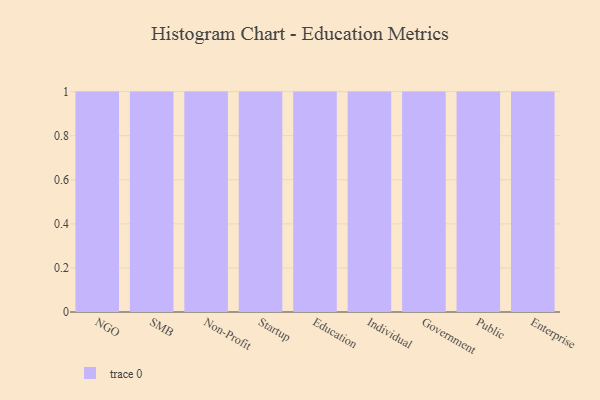
{"axis": {"x": "Segment", "y": "Inventory Turnover"}, "legend": [""], "data": [{"x": "NGO", "y": 5, "type": ""}, {"x": "SMB", "y": 69, "type": ""}, {"x": "Non-Profit", "y": 26, "type": ""}, {"x": "Startup", "y": 66, "type": ""}, {"x": "Education", "y": 74, "type": ""}, {"x": "Individual", "y": 65, "type": ""}, {"x": "Government", "y": 1, "type": ""}, {"x": "Public", "y": 47, "type": ""}, {"x": "Enterprise", "y": 85, "type": ""}]}